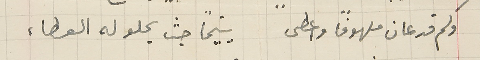
ولم قد عان ملهوفاً واعطى يتيمًا حيث يحلو له العطاء